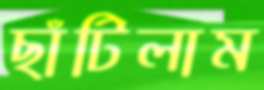
ছাঁটিলাম